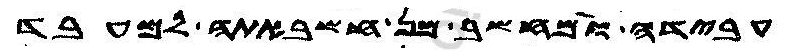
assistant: עבידה ולמחשב מן חשבאתה למעבד